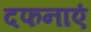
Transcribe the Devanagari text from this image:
दफनाएं